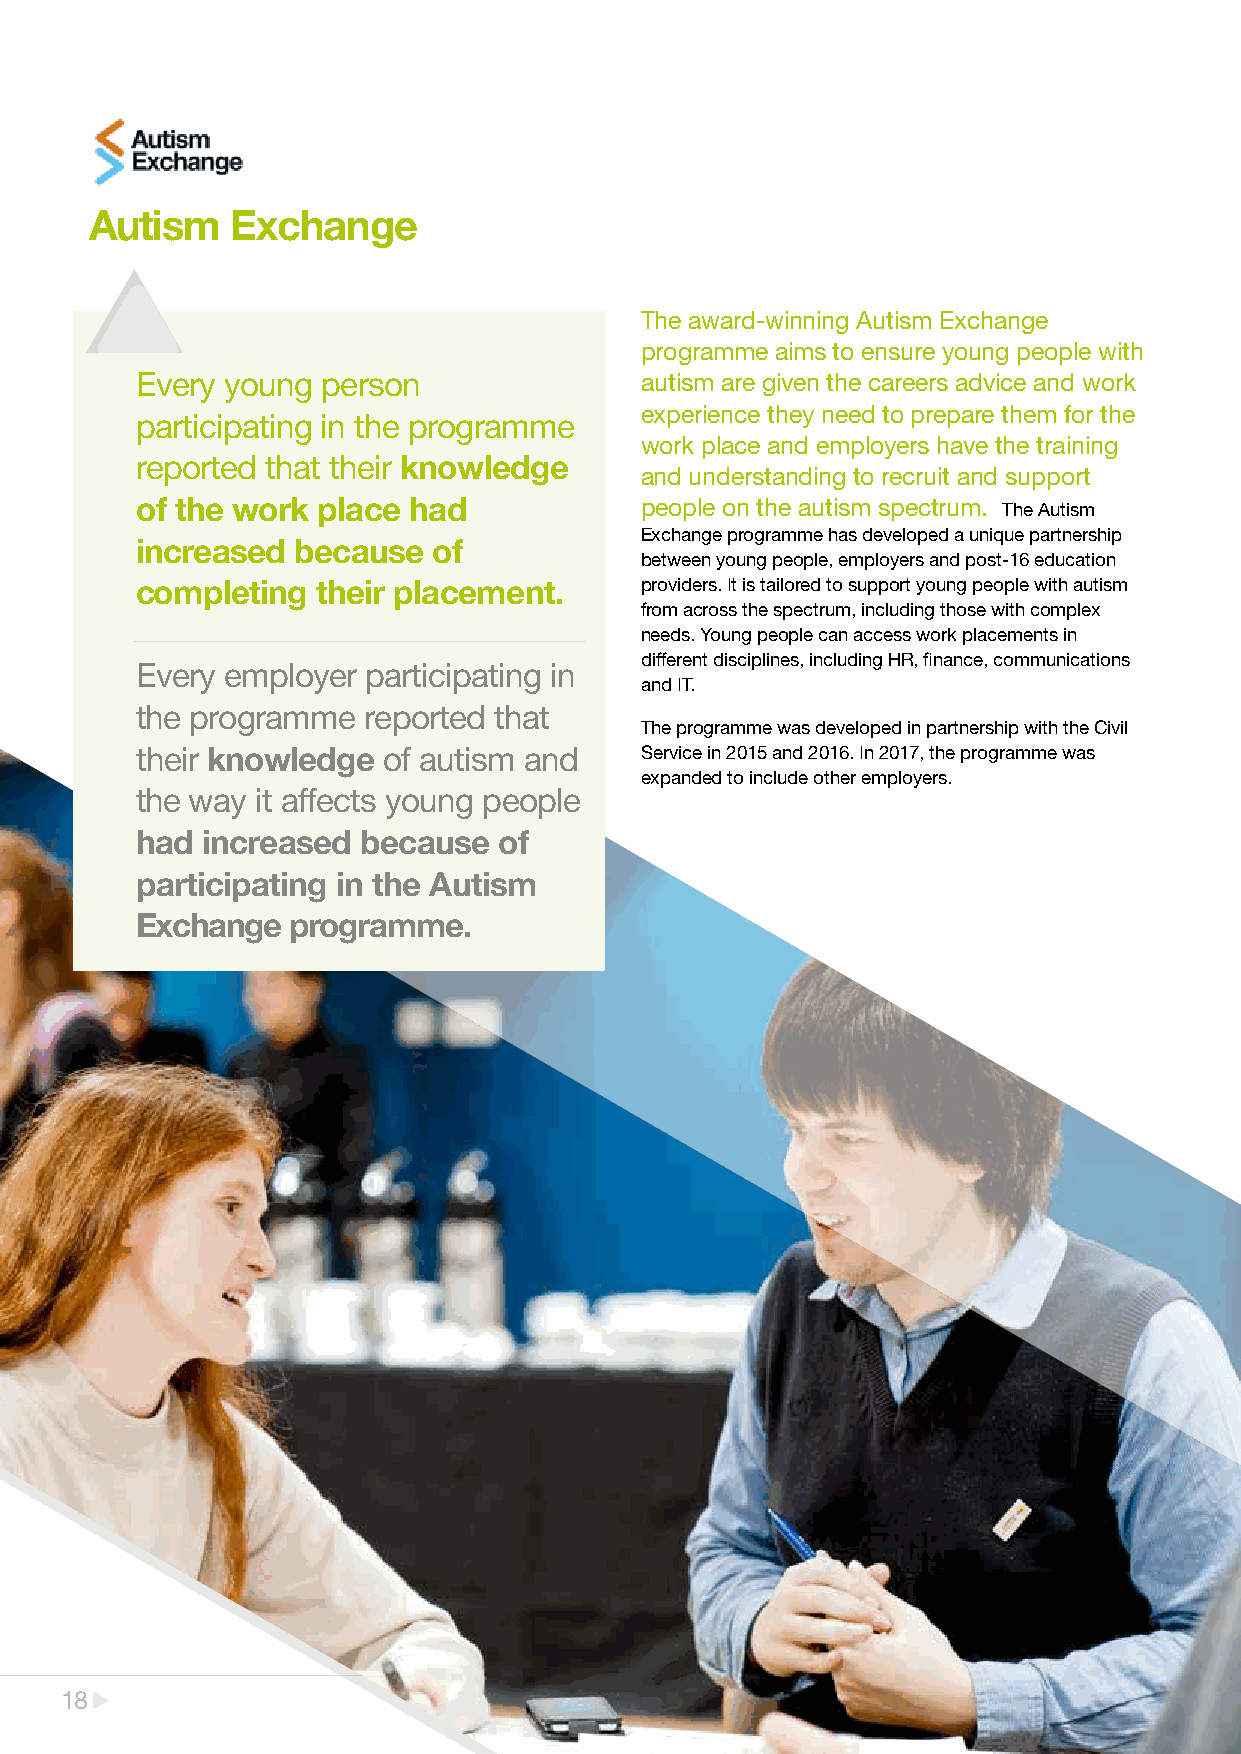
Autism   Exchange
 The award-winning Autism Exchange
 programme aims to ensure young people with
 Every young person               autism are given the careers advice and work
 experience they need to prepare them for the
 participating in the programme
 work place and employers have the training
 reported that their knowledge
 and understanding to recruit and support
 of the work place had            people on the autism spectrum. The Autism
 Exchange programme has developed a unique partnership
 increased because   of
 between young people, employers and post-16 education
 completing  their placement.     providers. It is tailored to support young people with autism
 from across the spectrum, including those with complex
 needs. Young people can access work placements in
 different disciplines, including HR, finance, communications
 Every employer participating in
 and IT.
 the programme  reported that
 The programme was developed in partnership with the Civil
 their knowledge of autism and    Service in 2015 and 2016. In 2017, the programme was
 expanded to include other employers.
 the way it affects young people
 had increased  because  of
 participating in the Autism
 Exchange  programme.
 1188